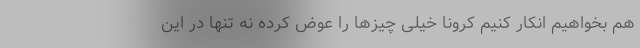
هم بخواهیم انکار کنیم کرونا خیلی چیزها را عوض کرده نه تنها در این